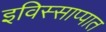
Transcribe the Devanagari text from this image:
इविस्साप्पात